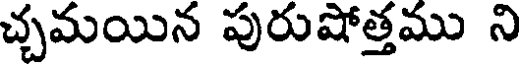
చ్చమయిన పురుషోత్తము ని